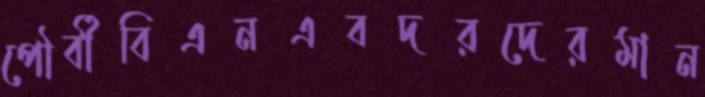
পৌর্বীবিএনএবদরদেরমান